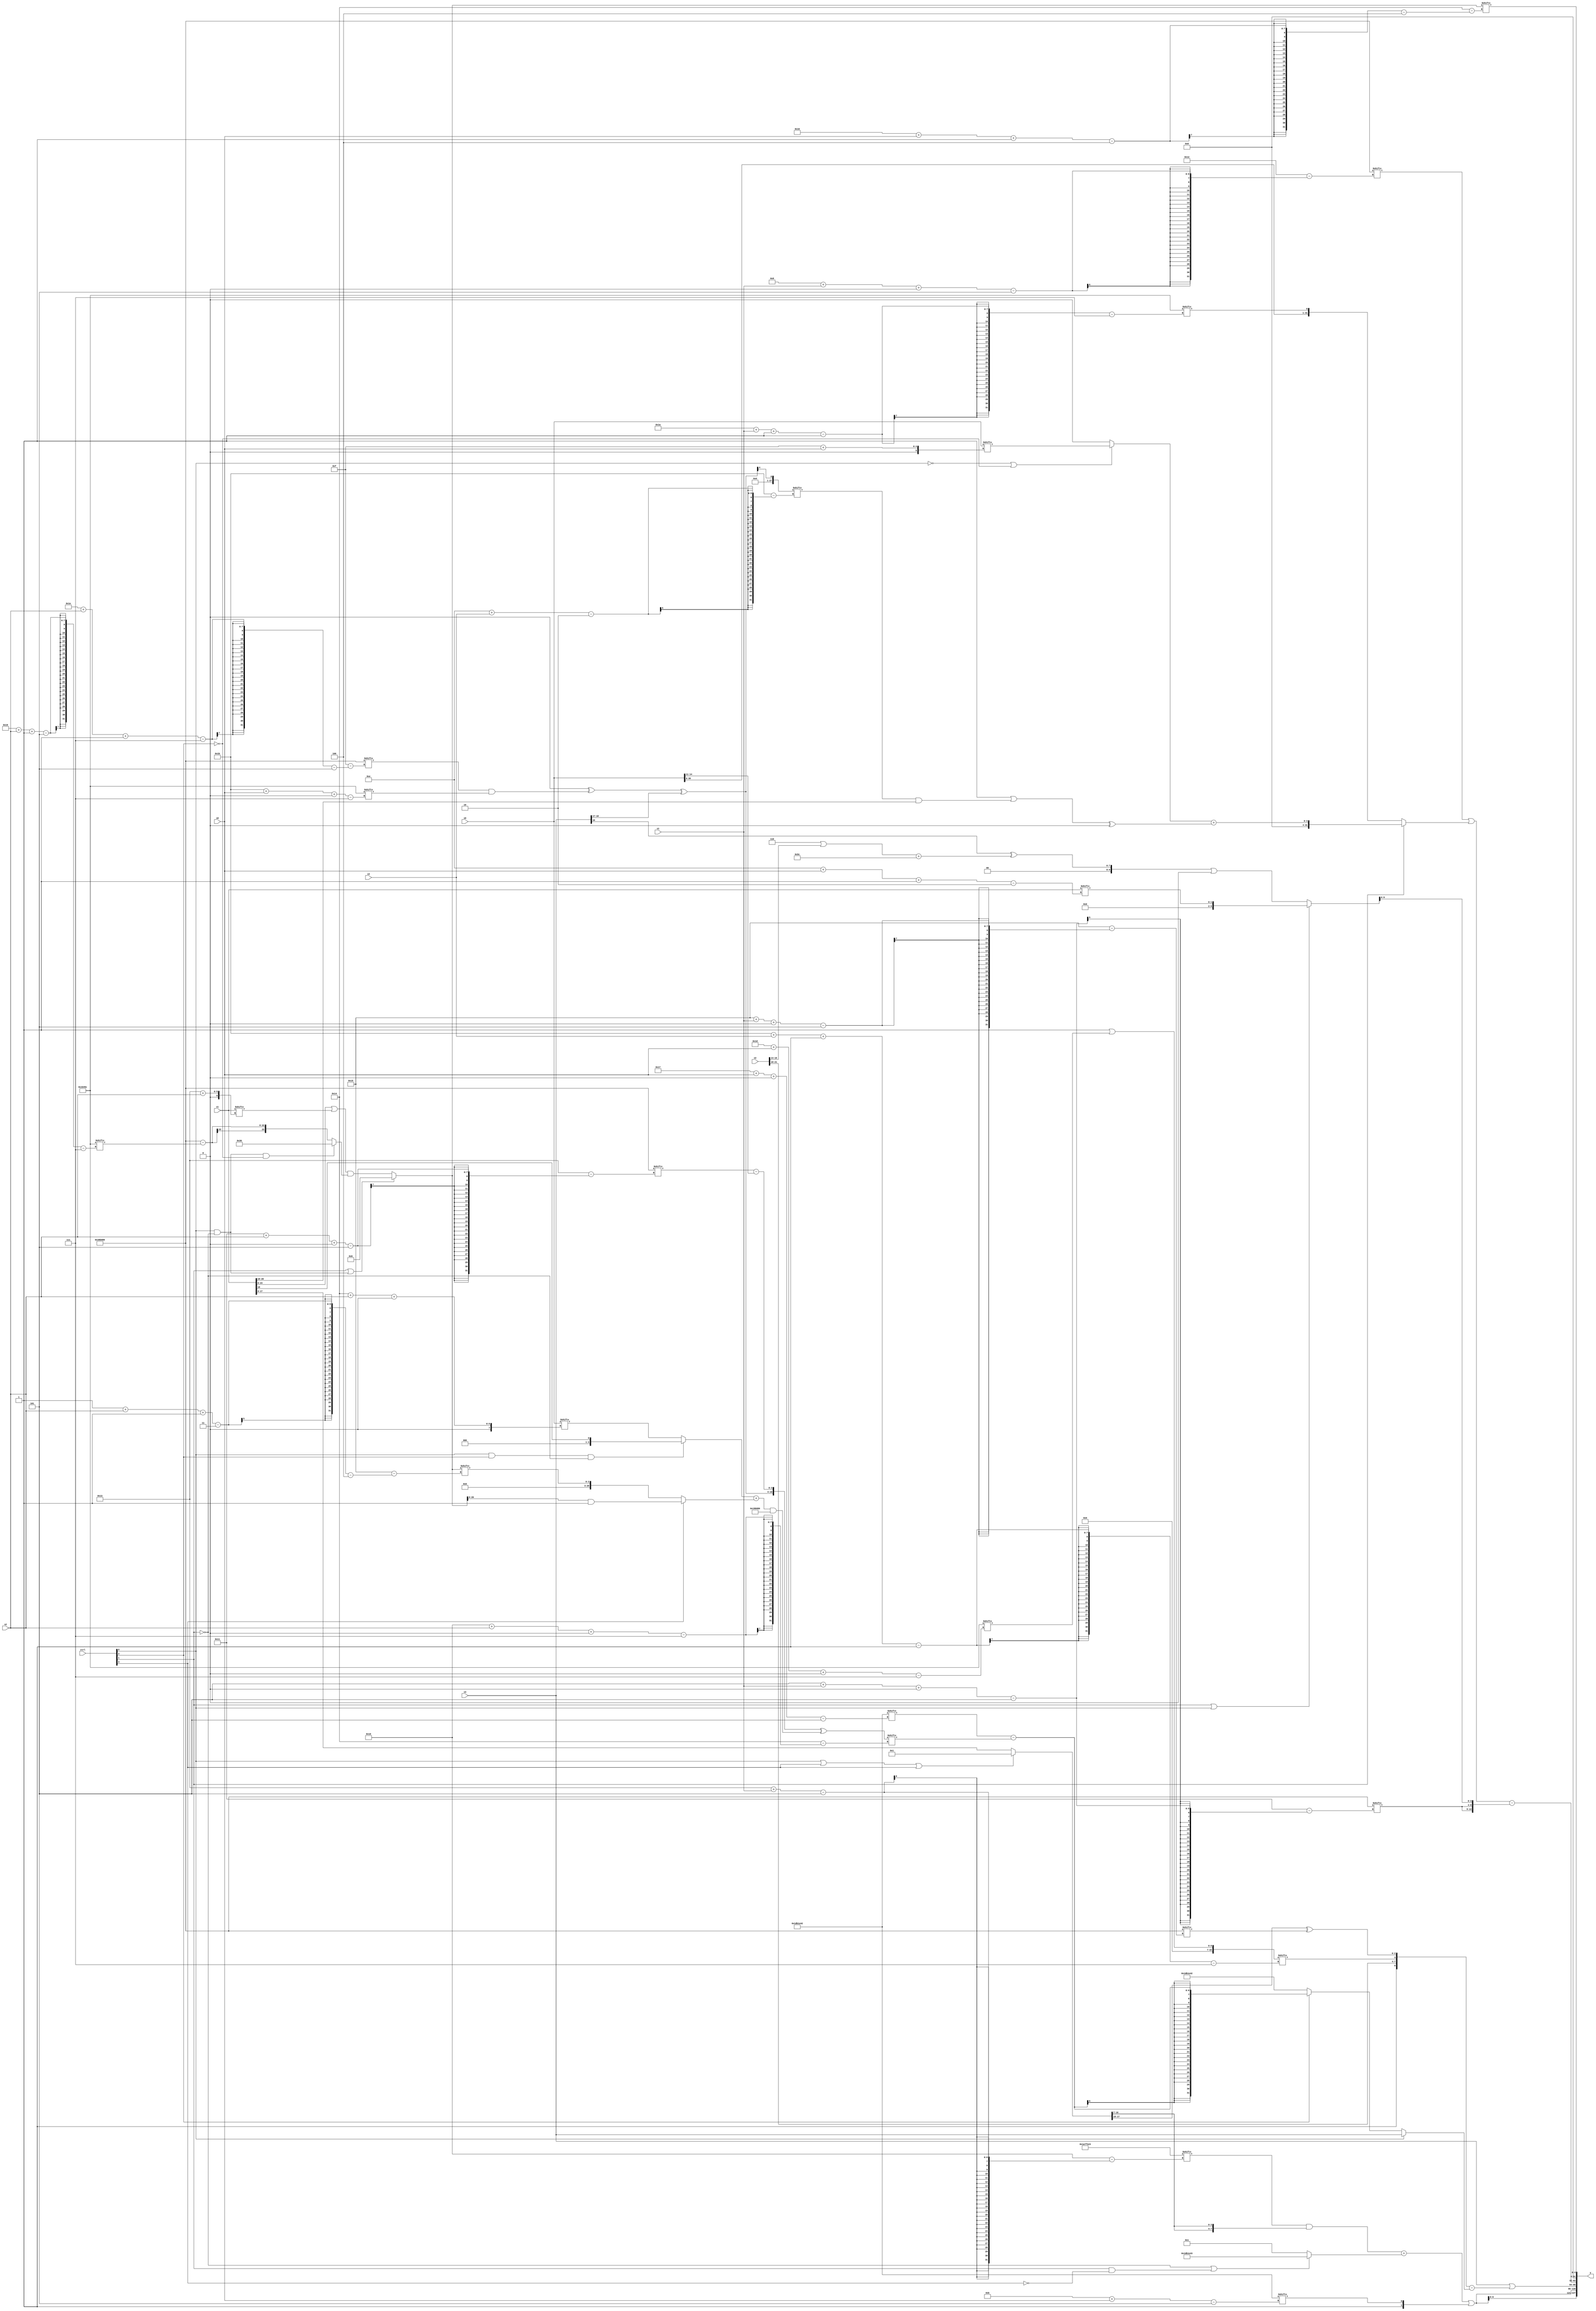
module partsel_00806(ctrl, s0, s1, s2, s3, x0, x1, x2, x3, y);
  input [3:0] ctrl;
  input [2:0] s0;
  input [2:0] s1;
  input [2:0] s2;
  input [2:0] s3;
  input [31:0] x0;
  input signed [31:0] x1;
  input [31:0] x2;
  input signed [31:0] x3;
  wire [4:27] x4;
  wire signed [5:31] x5;
  wire signed [7:27] x6;
  wire signed [29:7] x7;
  wire signed [26:3] x8;
  wire signed [6:27] x9;
  wire [31:2] x10;
  wire signed [2:29] x11;
  wire [1:26] x12;
  wire signed [29:5] x13;
  wire signed [29:7] x14;
  wire signed [31:4] x15;
  output [127:0] y;
  wire signed [31:0] y0;
  wire signed [31:0] y1;
  wire signed [31:0] y2;
  wire signed [31:0] y3;
  assign y = {y0,y1,y2,y3};
  localparam [5:26] p0 = 154777984;
  localparam signed [26:7] p1 = 155300956;
  localparam signed [27:0] p2 = 568008258;
  localparam signed [5:29] p3 = 27784137;
  assign x4 = (ctrl[2] && !ctrl[2] && !ctrl[2] ? {(({2{p1[22 + s2 +: 8]}} & x3[14 + s0 +: 5]) - {x3, (x0[5 + s0 +: 8] & p0[20 -: 2])}), ((!ctrl[3] && ctrl[0] || ctrl[3] ? p3[8 +: 2] : (p0 ^ x3[8])) + p2)} : (ctrl[1] || ctrl[0] && !ctrl[1] ? p3[16 +: 3] : ({(x2 - x1[6 + s2 -: 7]), (x1 | x1[19 + s2])} & (ctrl[0] && !ctrl[1] && !ctrl[2] ? {2{p2[23 -: 3]}} : (p0 - p1[25 + s2 -: 5])))));
  assign x5 = {((p1[12 -: 1] ^ (p0[30 + s2 -: 7] & p1[27 + s0 +: 4])) ^ x3[17 +: 2]), (p0[17 + s2 +: 3] - x0[11 +: 4])};
  assign x6 = ({(x1[27 + s3 +: 4] + ((x0[17 + s3 -: 5] ^ x1[17 +: 2]) | p3[9])), x5} ^ (((ctrl[0] && ctrl[2] && !ctrl[1] ? x1[18 +: 1] : x0[20 + s2 +: 4]) + (ctrl[3] || !ctrl[2] && ctrl[2] ? (x4 & p1[14 -: 2]) : x4[1 + s2 -: 3])) & p0));
  assign x7 = (ctrl[1] && ctrl[1] || ctrl[0] ? x1[14 + s0 -: 2] : ((x3[16 -: 1] ^ ((p1[8 +: 3] | x2[16 -: 3]) + {2{p1}})) | x5[20]));
  assign x8 = (p3[16 +: 4] | x1[18]);
  assign x9 = (ctrl[0] || ctrl[3] || ctrl[3] ? p0[13] : x1);
  assign x10 = (p1[3 + s0 +: 6] - p1);
  assign x11 = x5[23 -: 1];
  assign x12 = x3[6 + s2 -: 1];
  assign x13 = p2;
  assign x14 = (p1[13 +: 2] | p1[29 + s0 +: 7]);
  assign x15 = x8[18 -: 4];
  assign y0 = {2{(((p3[19 + s1] & {2{x9[17 +: 4]}}) + (!ctrl[1] || ctrl[1] && !ctrl[3] ? (p1[19] ^ (x13 + p1[15 +: 2])) : p2[9])) | {p0[13], x13[11 + s0]})}};
  assign y1 = (x3 | ({p1[11], {{x2[21 -: 4], x14[27 + s3 -: 1]}, (x9[10 +: 3] ^ p0[21 + s1 +: 1])}} - (!ctrl[0] && !ctrl[0] || !ctrl[0] ? (ctrl[2] || ctrl[1] && !ctrl[1] ? (x13[23 + s0 +: 6] - x6[24 + s2 +: 1]) : p2) : {{2{x15[17 + s1]}}, {2{x3}}})));
  assign y2 = ((p0[8 + s1 +: 4] | (!ctrl[1] || ctrl[0] && !ctrl[0] ? {x0, p1[26 + s1 -: 1]} : ((!ctrl[0] && !ctrl[0] || !ctrl[2] ? x0[15 + s0] : x15) + ((p3[19 +: 2] | (x11[14 + s3] & x1[18 +: 3])) ^ x11[19 -: 1])))) - {{2{p0[5 + s1 +: 5]}}, x7[16 -: 4]});
  assign y3 = x4[22 + s0 -: 4];
endmodule